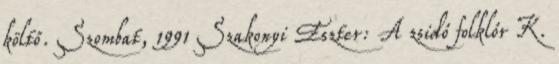
költő. Szombat, 1991 Szakonyi Eszter: A zsidó folklór K.